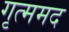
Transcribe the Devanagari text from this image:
गृत्ममद